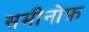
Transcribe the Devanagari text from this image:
समीनोफ़